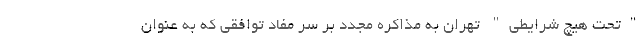
"تحت هیچ شرایطی" تهران به مذاکره مجدد بر سر مفاد توافقی که به عنوان